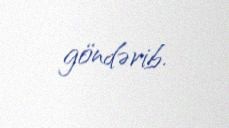
göndərib.